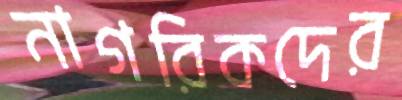
নাগরিকদের